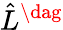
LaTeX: \hat{L}^{\dag}